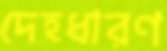
দেহধারণ